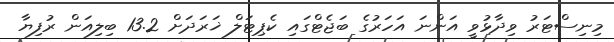
މިނިސްޓަރު ވިދާޅުވީ އަންނަ އަހަރުގެ ބަޖެޓްގައި ކެޕިޓަލް ޚަރަދަށް 13.2 ބިލިއަން ރުފިޔާ